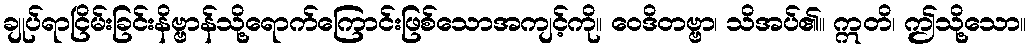
ချုပ်ရာငြိမ်းခြင်းနိဗ္ဗာန်သို့ရောက်ကြောင်းဖြစ်သောအကျင့်ကို။ ဝေဒိတဗ္ဗာ၊ သိအပ်၏။ ဣတိ၊ ဤသို့သော။